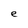
Character: e